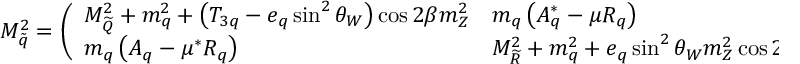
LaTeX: { \cal M } _ { \tilde { q } } ^ { 2 } = \left( \begin{array} { l l } { { M _ { \widetilde { Q } } ^ { 2 } + m _ { q } ^ { 2 } + \left( T _ { 3 q } - e _ { q } \sin ^ { 2 } \theta _ { W } \right) \cos 2 \beta m _ { Z } ^ { 2 } } } & { { m _ { q } \left( A _ { q } ^ { * } - \mu R _ { q } \right) } } \\ { { m _ { q } \left( A _ { q } - \mu ^ { * } R _ { q } \right) } } & { { M _ { \widetilde { R } } ^ { 2 } + m _ { q } ^ { 2 } + e _ { q } \sin ^ { 2 } \theta _ { W } m _ { Z } ^ { 2 } \cos 2 \beta } } \end{array} \right) ,